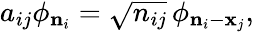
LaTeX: a_{ij}\phi_{{\mathbf n}_{i}}=\sqrt{n_{ij}}\, \phi_{{\mathbf n}_{i}-{\mathbf x}_{j}},